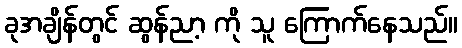
ခုအချိန်တွင် ဆွန်ညာ့ ကို သူ ကြောက်နေသည်။